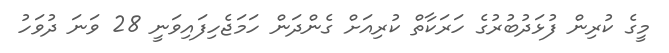
މީގެ ކުރިން ފުޅަދުބުރުގެ ހަރަކާތް ކުރިއަށް ގެންދަން ހަމަޖެހިފައިވަނީ 28 ވަނަ ދުވަހު